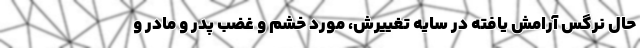
حال نرگس آرامش یافته در سایه تغییرش، مورد خشم و غضب پدر و مادر و